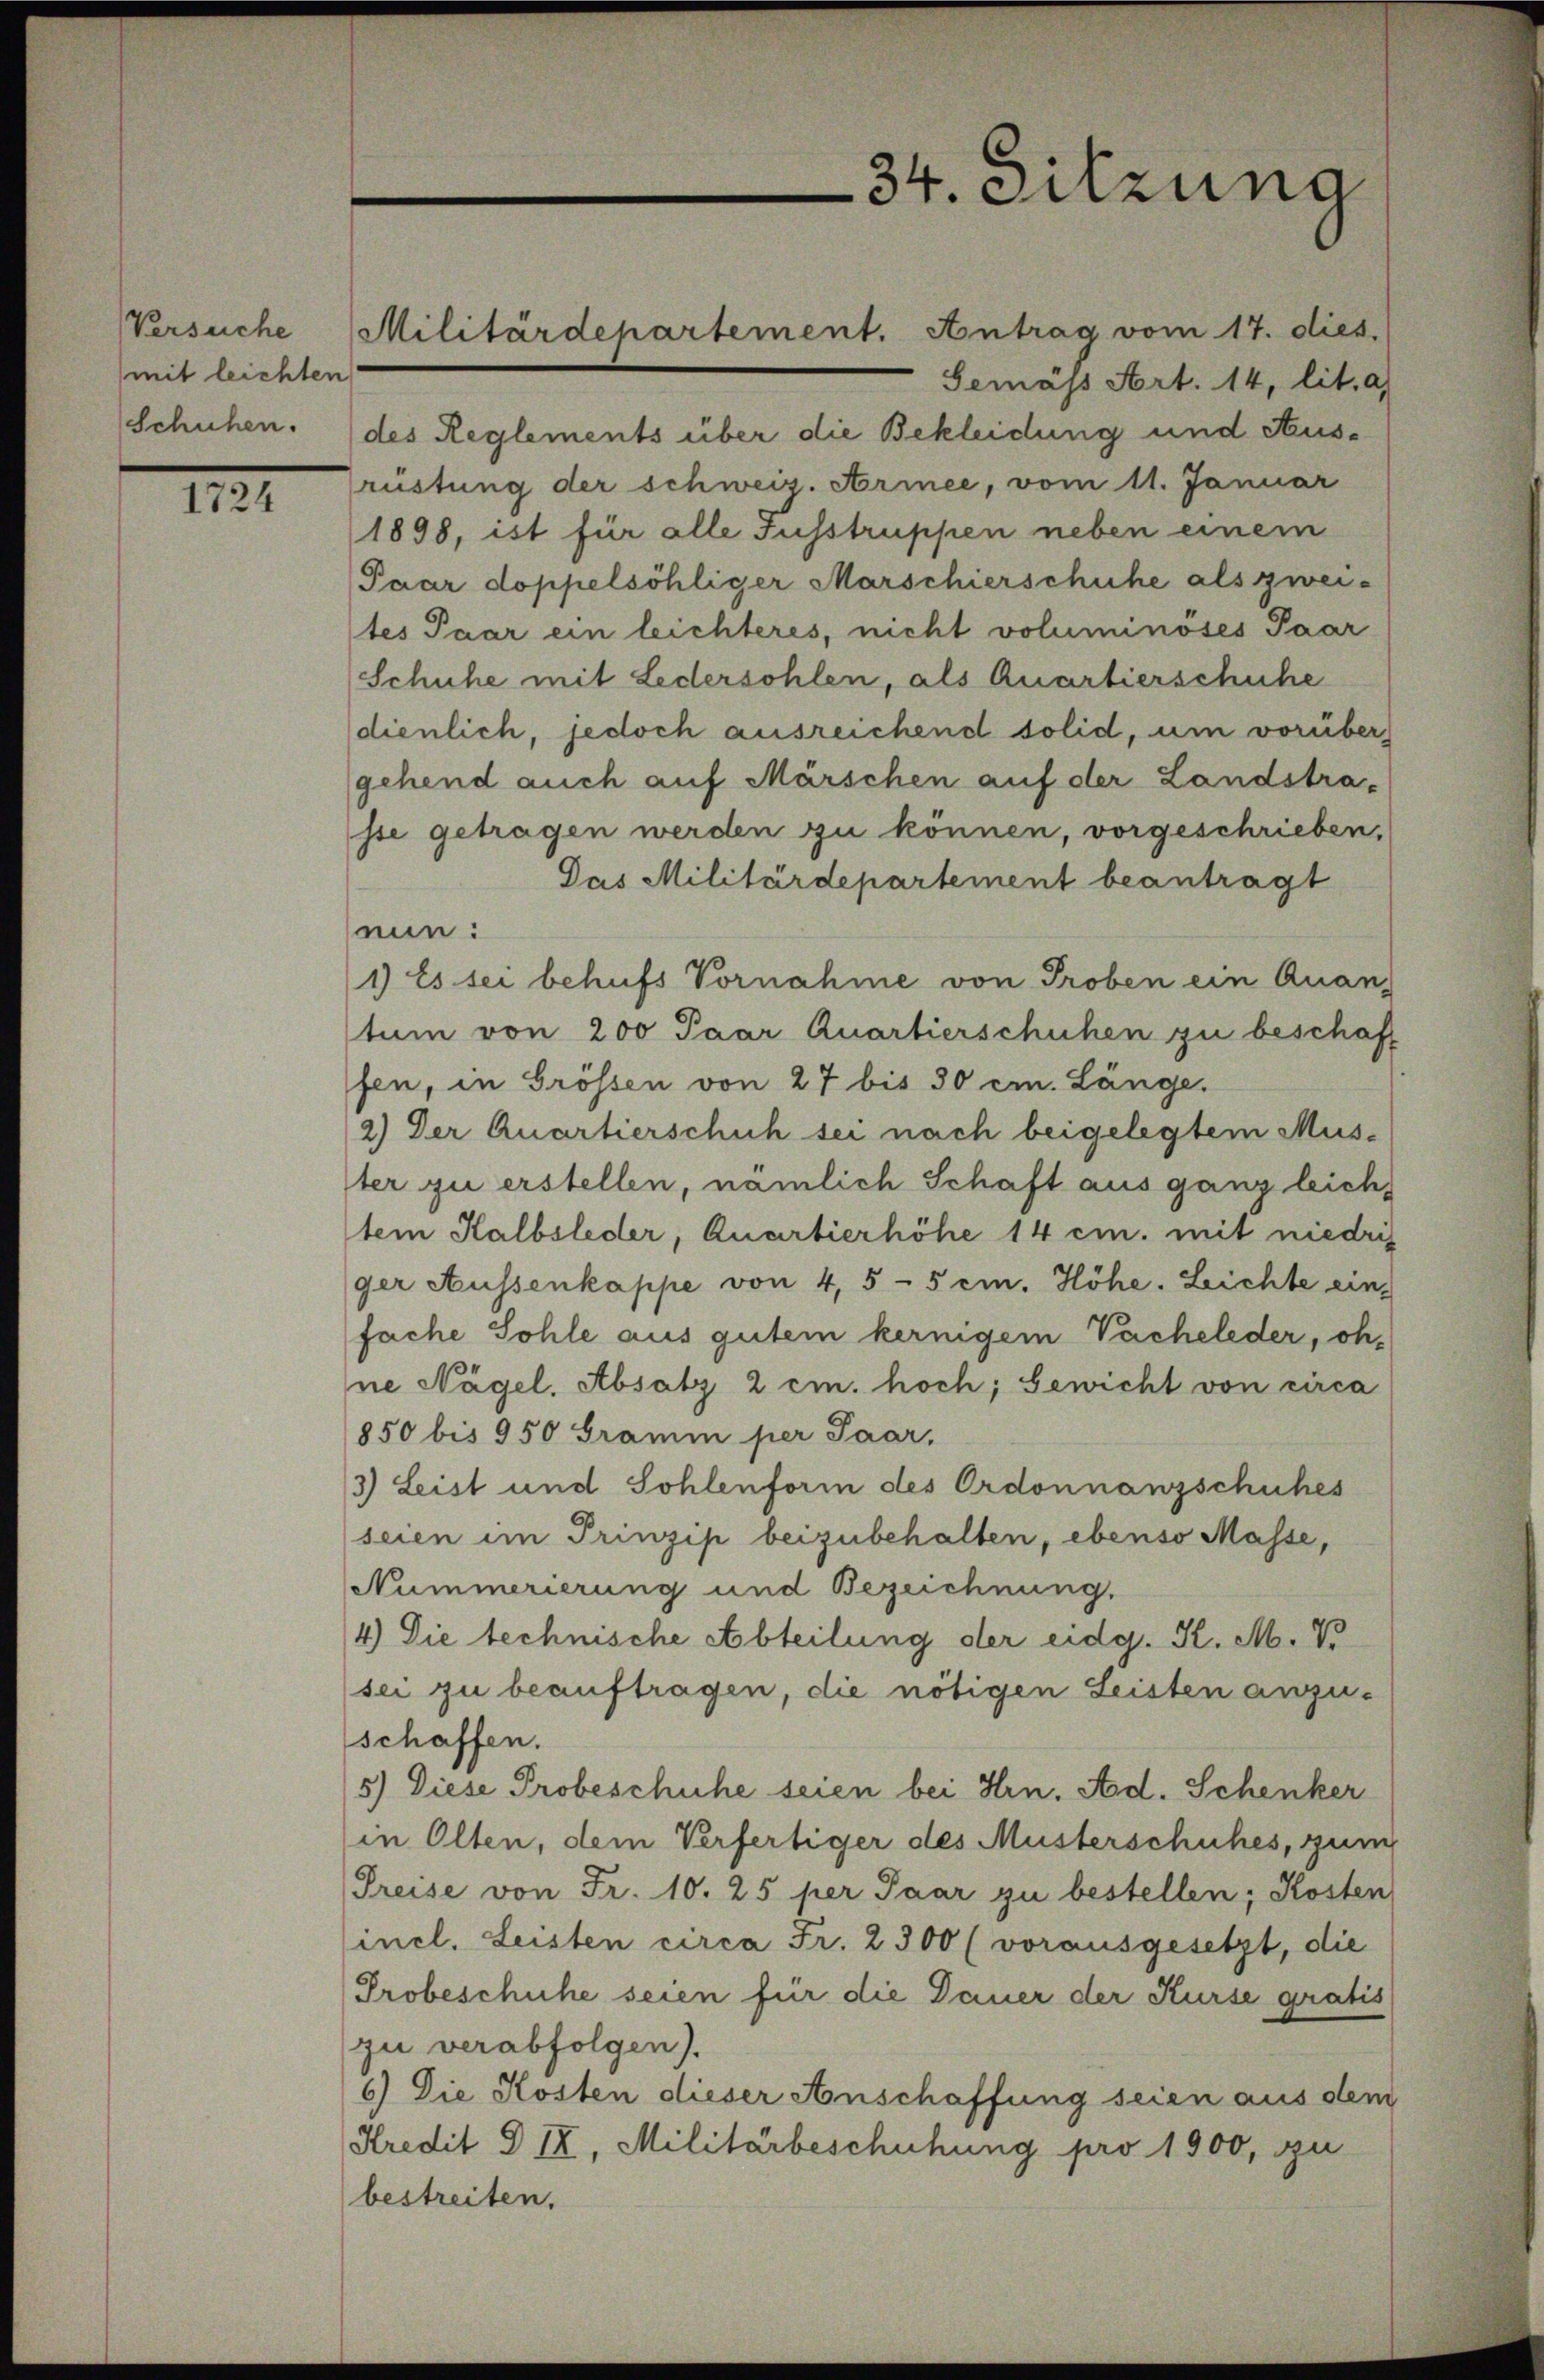
Versuche
mit leichten

1724

Militärdepartement. Antrag vom 17. dies

34. Sitzung

Semass Art. 14, lit. a
Schuhen. (des Reglements über die Bekleidung und Ausrüstung der schweiz. Armee, vom 11. Januar
1898, ist für alle Fusstruppen neben einem
Paar doppelsöhliger Marschierschuhe als zwei-
tes Paar ein leichteres, nicht voluminöses Paar
Schuhe mit Ledersohlen, als Quartierschuhe
dienlich, jedoch ausreichend solid, um vorüber
gehend auch auf Märschen auf der Landstra-
sse getragen werden zu können, vorgeschrieben,
Das Militärdepartement beantragt
nun:
1) Es sei behufs Vornahme von Proben ein Quantum von 200 Paar Quartierschuhen zu beschaft
fen, in Grössen von 27 bis 30 cm. Länge.
2.) Der Quartierschuh sei nach beigelegtem Musster zu erstellen, nämlich Schaft aus ganz leich
tem Kalbsleder, Quartierhöhe 14 cm. mit niedrig
ger Aussenkappe von 4,5 - 5 cm. Höhe. Leichte eine
fache Sohle aus gutem kernigem Vacheleder, ohne Nägel. Absatz 2 cm. hoch; Gewicht von circa
850 bis 950 Gramm per Paar,
3) Leist und Sohlenform des Ordonnanzschuhes
seien im Prinzip beizubehalten, ebenso Masse,
Nummerierung und Bezeichnung.
4.) Die technische Abteilung der eidg. K. M. V
sei zu beauftragen, die nötigen Leisten anzu-
schaffen.
5) Diese Probeschuhe seien bei Hrn. Ad. Schenker
in Olten, dem Verfertiger des Musterschuhes, zum
Preise von Fr. 10. 25 per Paar zu bestellen; Kosten
incl. Leisten circa Fr. 2300 (vorausgesetzt, die
Probeschuhe seien für die Dauer der Kurse gratis
zu verabfolgen).
6) Die Kosten dieser Anschaffung seien aus dem
Kredit D IX, Militärbeschuhung pro 1900, zu
bestreiten.